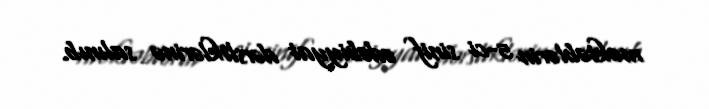
məktəblərin 5-ci sinif ədəbiyyat dərsliklərinə salınıb.